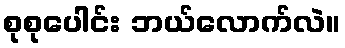
စုစုပေါင်း ဘယ်လောက်လဲ။